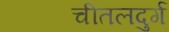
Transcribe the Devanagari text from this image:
चीतलदुर्ग